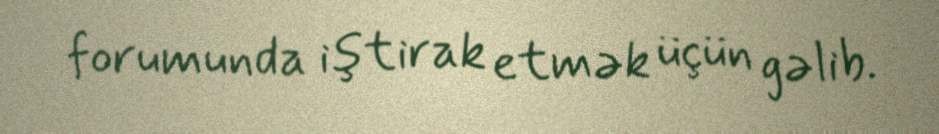
forumunda iştirak etmək üçün gəlib.